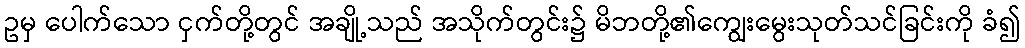
ဥမှ ပေါက်သော ငှက်တို့တွင် အချို့သည် အသိုက်တွင်း၌ မိဘတို့၏ကျွေးမွေးသုတ်သင်ခြင်းကို ခံ၍